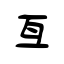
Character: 亙